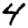
Digit: 4